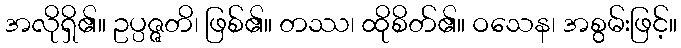
အလိုရှိ၏။ ဥပ္ပဇ္ဇတိ၊ ဖြစ်၏။ တဿ၊ ထိုစိတ်၏။ ဝသေန၊ အစွမ်းဖြင့်။